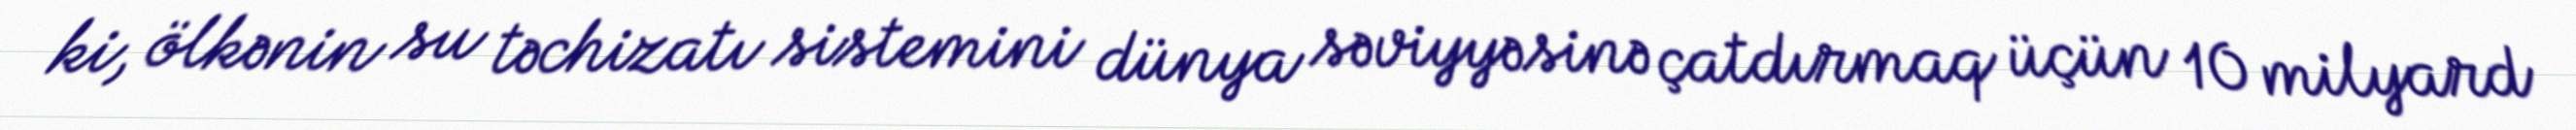
ki, ölkənin su təchizatı sistemini dünya səviyyəsinə çatdırmaq üçün 10 milyard